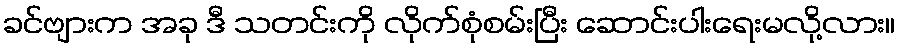
ခင်ဗျားက အခု ဒီ သတင်းကို လိုက်စုံစမ်းပြီး ဆောင်းပါးရေးမလို့လား။